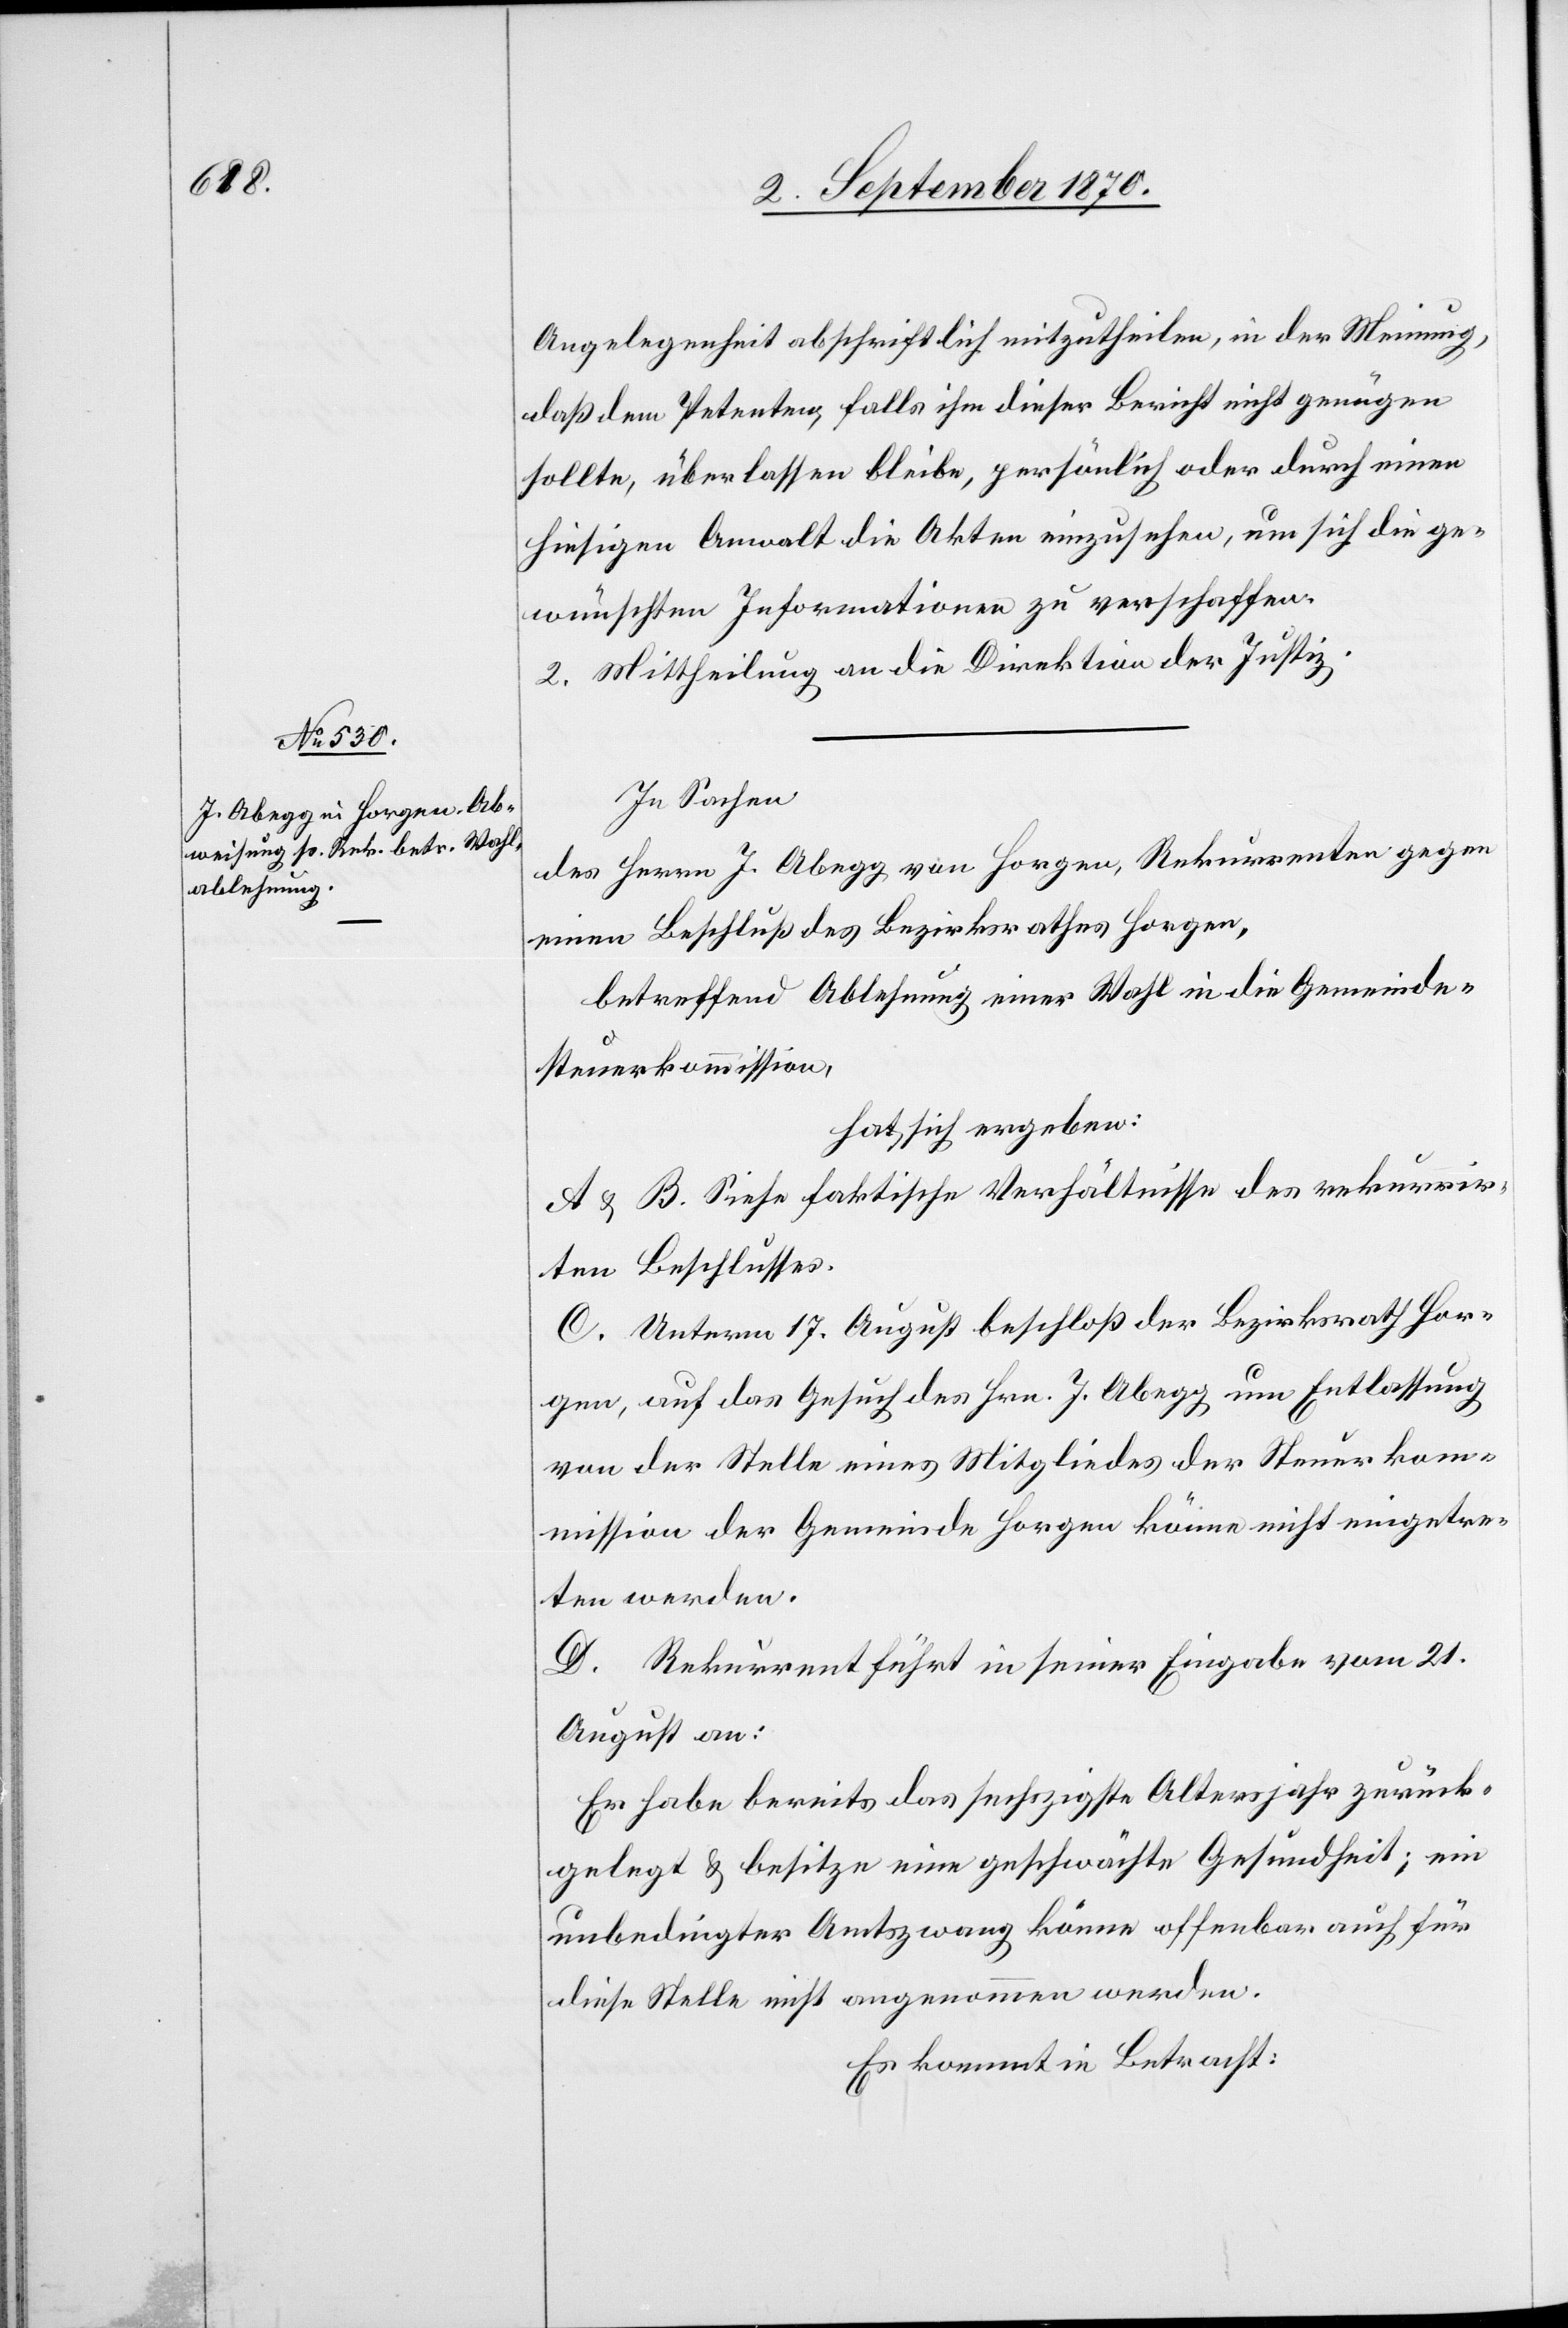
Angelegenheit abschriftlich mitzutheilen, in der Meinung,
daß dem Petenten, falls ihm dieser Bericht nicht genügen
sollte, überlassen bliebe, persönlich oder durch einen
hiesigen Anwalt die Akten einzusehen, um sich die ge¬
wünschten Informationen zu verschaffen.
2. Mittheilung an die Direktion der Justiz.
In Sachen
des Herrn J. Abegg von Horgen, Rekurrenten gegen
einen Beschluß des Bezirksrathes Horgen,
betreffend Ablehnung einer Wahl in die Gemeinde¬
steuerkommission,
hat sich ergeben:
A & B. Siehe faktische Verhältnisse des rekurrir¬
ten Beschlusses.
C. Unterm 17. August beschloß der Bezirksrath Hor¬
gen, auf das Gesuch des Hrn. J. Abegg um Entlassung
von der Stelle eines Mitgliedes der Steuerkom¬
mission der Gemeinde Horgen könne nicht eingetre¬
ten werden.
D. Rekurrent führt in seiner Eingabe vom 21.
August an:
Er habe bereits das sechszigste Altersjahr zurück¬
gelegt & besitze eine geschwächte Gesundheit; ein
unbedingter Amtszwang könne offenbar auch für
diese Stelle nicht angenommen werden.
Es kommt in Betracht: